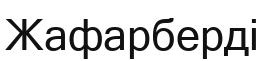
Жафарберді